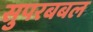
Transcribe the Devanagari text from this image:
सुपरबबल